Senior Leaving Certificate Examination (including Day School Certificate (Higher) General paper), 1947
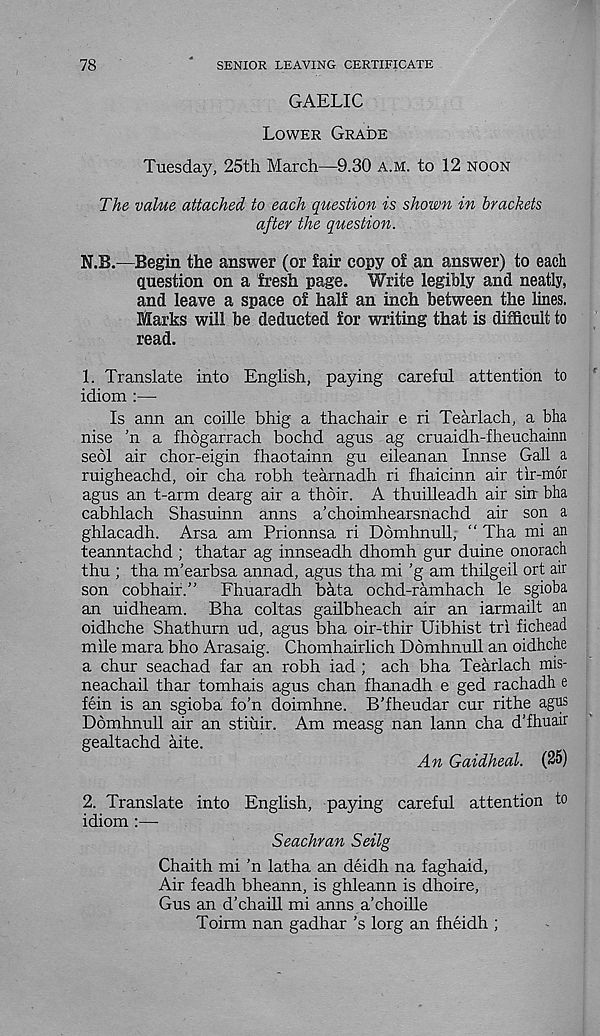
78
SENIOR LEAVING CERTIFICATE
GAELIC
Lower Grade
Tuesday, 25th March—9.30 a.m. to 12 noon
The value attached to each question is shown in brackets
after the question.
N.B.—Begin the answer (or fair copy of an answer) to each
Question on a fresh page. Write legibly and neatly,
and leave a space of half an inch between the lines.
Marks will be deducted for writing that is difficult to
read.
1. Translate into English, paying careful attention to
idiom :—
Is ann an coille bhig a thachair e ri Tearlach, a bha
nise ’n a fhogarrach bochd agus ag cruaidh-fheuchainn
sedl air chor-eigin fhaotainn gu eileanan Innse Gall a
ruigheachd, oir cha robh tearnadh ri fhaicinn air tir-mor
agus an t-arm dearg air a thdir. A thuilleadh air sin bha
cabhlach Shasuinn anns a’choimhearsnachd air son a
ghlacadh. Arsa am Prionnsa ri Domhnull, “ Tha mi an
teanntachd ; thatar ag innseadh dhomh gur duine onorach
thu ; tha m’earbsa annad, agus tha mi ’g am thilgeil ort air
son cobhair.”
Fhuaradh bata ochd-ramhach le sgioba
an uidheam. Bha coltas gailbheach air an iarmailt an
oidhche Shathurn ud, agus bha oir-thir Uibhist tri fichead
mile mara bho Arasaig. Chomhairlich Dbmhnull an oidhche
a chur seachad far an robh iad ; ach bha Tearlach mis-
neachail thar tomhais agus chan fhanadh e ged rachadh e
fein is an sgioba fo’n doimhne. B'fheudar cur rithe agus
Domhnull air an stiuir. Am measg nan lann cha d’fhuair
gealtachd aite.
An Gaidheal. (25)
2. Translate into English, paying careful attention to
idiom :—
Seachran Seilg
Chaith mi ’n latha an deidh na faghaid,
Air feadh bheann, is ghleann is dhoire,
Gus an d’chaill mi anns a’choille
Toirm nan gadhar’s lorg an fheidh ;